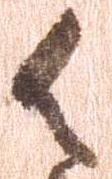
御